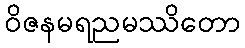
ဝိဇနမရညမဿိတော